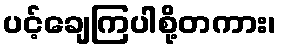
ပင့်ချေကြပါစို့တကား၊